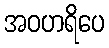
အဝဟရိပေ